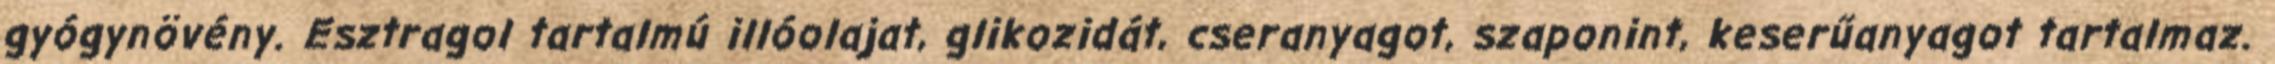
gyógynövény. Esztragol tartalmú illóolajat, glikozidát, cseranyagot, szaponint, keserűanyagot tartalmaz.